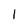
Character: 1